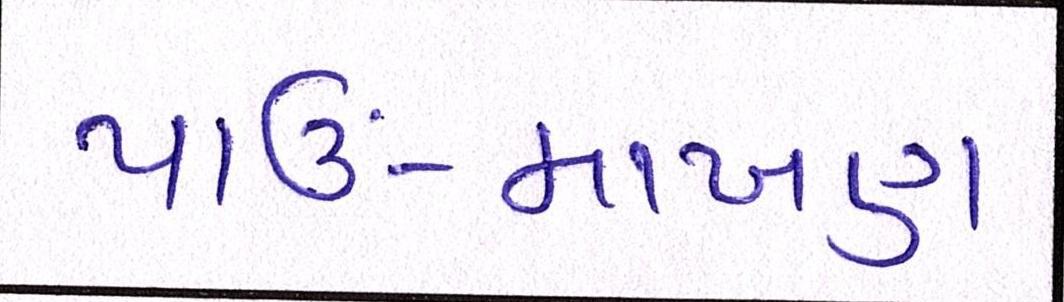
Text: પાઉં-માખણ